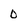
Character: 0